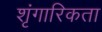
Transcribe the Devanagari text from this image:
शृंगारिकता